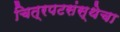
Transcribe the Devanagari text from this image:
चित्रपटसंस्थेचा